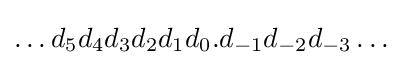
\dots d_{5}d_{4}d_{3}d_{2}d_{1}d_{0}.d_{-1}d_{-2}d_{-3}\dots